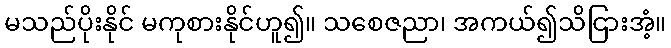
မသည်ပိုးနိုင် မကုစားနိုင်ဟူ၍။ သစေဇညာ၊ အကယ်၍သိငြားအံ့။